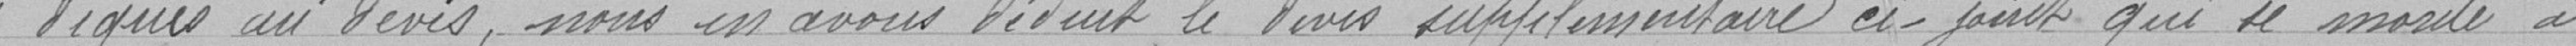
devis, nous en avons déduit le devis supplémentaire ci-joint qui se monte à